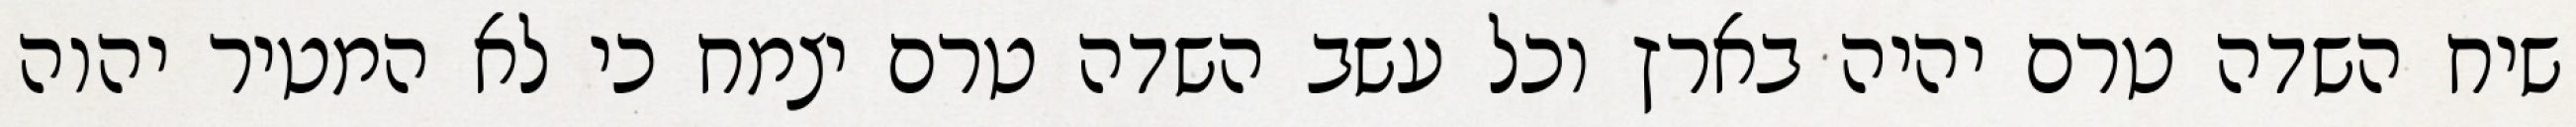
שיח השדה טרם יהיה בארץ וכל עשב השדה טרם יצמח כי לא המטיר יהוה